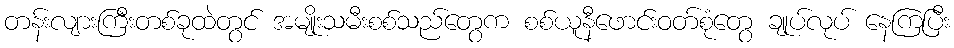
တန်းလျားကြီးတစ်ခုထဲတွင် အမျိုးသမီးစစ်သည်တွေက စစ်ယူနီဖောင်းဝတ်စုံတွေ ချုပ်လုပ် နေကြပြီး